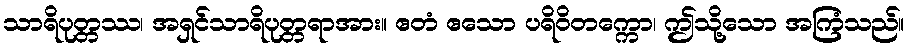
သာရိပုတ္တဿ၊ အရှင်သာရိပုတ္တရာအား။ ဧတံ ဧသော ပရိဝိတက္ကော၊ ဤသို့သော အကြံသည်။